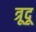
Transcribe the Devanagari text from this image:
त्रूदू